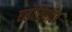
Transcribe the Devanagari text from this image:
एसोसिएटिव